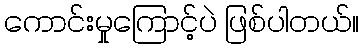
ကောင်းမှုကြောင့်ပဲ ဖြစ်ပါတယ်။